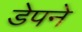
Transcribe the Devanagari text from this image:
डेपने